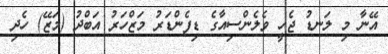
އޭނާ މި ލަނޑު ޖެހީ ވެލެންސިއާގެ ޑިފެންޑަރު މަޒްހަރު އަބްދު (މަޒޭ) ހެދި